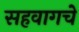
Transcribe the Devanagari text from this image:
सहवागचे